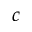
c